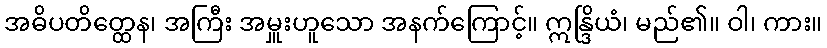
အဓိပတိတ္ထေန၊ အကြီး အမှူးဟူသော အနက်ကြောင့်။ ဣန္ဒြိယံ၊ မည်၏။ ဝါ၊ ကား။